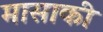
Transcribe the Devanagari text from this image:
मासाकी